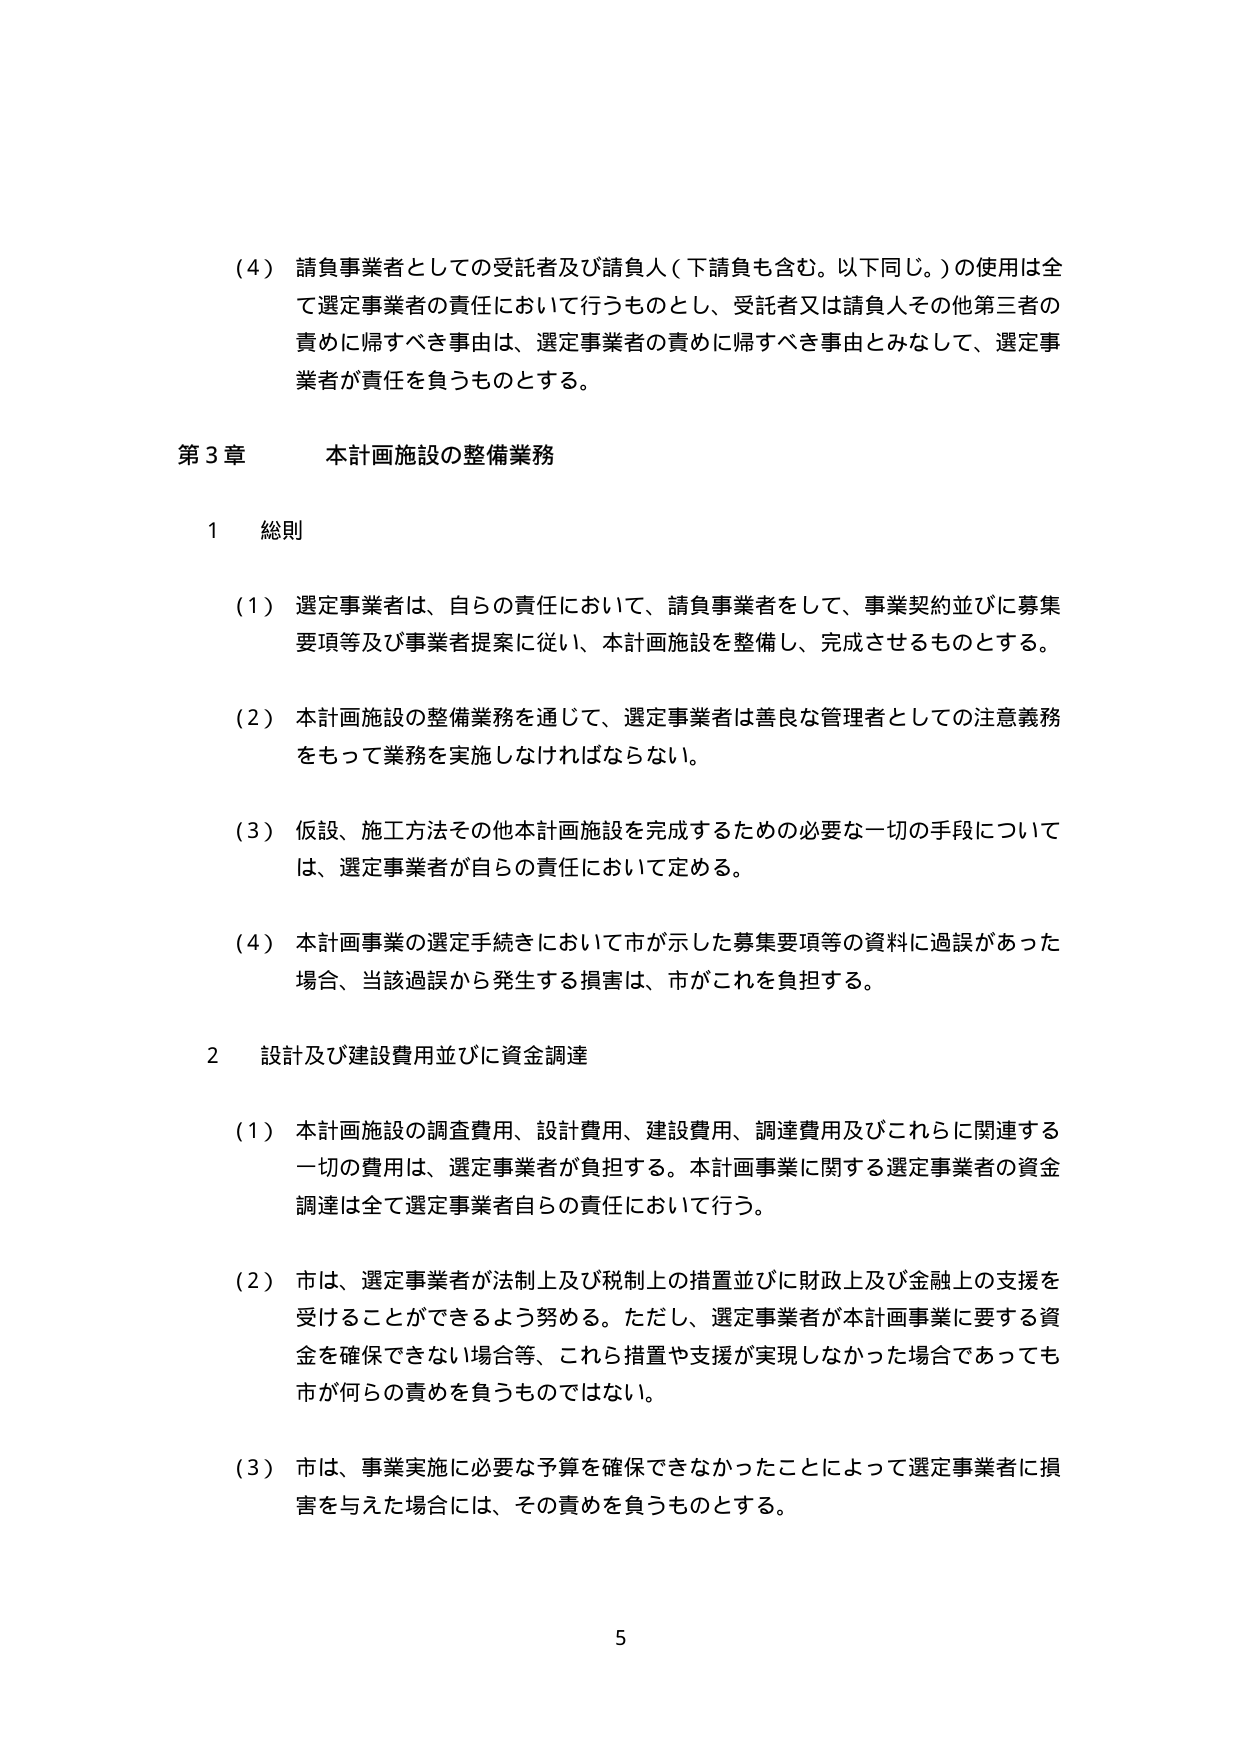
(4) 請負事業者としての受託者及び請負人（下請負も含む。以下同じ。）の使用は全て選定事業者の責任において行うものとし、受託者又は請負人その他第三者の責めに帰すべき事由は、選定事業者の責めに帰すべき事由とみなして、選定事業者が責任を負うものとする。

第3章 本計画施設の整備業務

1 総則

(1) 選定事業者は、自らの責任において、請負事業者をして、事業契約並びに募集要項等及び事業者提案に従い、本計画施設を整備し、完成させるものとする。

(2) 本計画施設の整備業務を通じて、選定事業者は善良な管理者としての注意義務をもって業務を実施しなければならない。

(3) 仮設、施工方法その他本計画施設を完成するための必要な一切の手段については、選定事業者が自らの責任において定める。

(4) 本計画事業の選定手続きにおいて市が示した募集要項等の資料に過誤があった場合、当該過誤から発生する損害は、市がこれを負担する。

2 設計及び建設費用並びに資金調達

(1) 本計画施設の調査費用、設計費用、建設費用、調達費用及びこれらに関連する一切の費用は、選定事業者が負担する。本計画事業に関する選定事業者の資金調達は全て選定事業者自らの責任において行う。

(2) 市は、選定事業者が法制上及び税制上の措置並びに財政上及び金融上の支援を受けることができるよう努める。ただし、選定事業者が本計画事業に要する資金を確保できない場合等、これら措置や支援が実現しなかった場合であっても市が何らの責めを負うものではない。

(3) 市は、事業実施に必要な予算を確保できなかったことによって選定事業者に損害を与えた場合には、その責めを負うものとする。

5